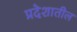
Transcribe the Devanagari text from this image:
प्रदॆशातील